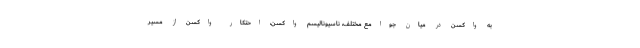
به واکسن در میان جوامع مختلف، ناسیونالیسم واکسن، احتکار واکسن از مسیر